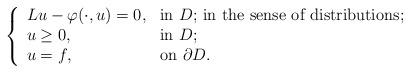
LaTeX: \begin{align*} \left\{ \begin{array}{ll} Lu-\varphi(\cdot,u)=0, & \hbox{in $D$; in the sense of distributions;} \\ u\geq 0, & \hbox{in $D$;} \\ u=f, & \hbox{on $\partial D$.} \end{array}\right.\end{align*}